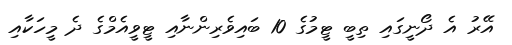
އޭރު އެ ދޯނީގައި ތިބީ ޓީމުގެ 10 ބައިވެރިންނާއި ޓީވީއެމްގެ ދެ މީހަކާއި